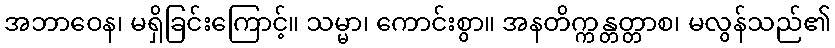
အဘာဝေန၊ မရှိခြင်းကြောင့်။ သမ္မာ၊ ကောင်းစွာ။ အနတိက္ကန္တတ္တာစ၊ မလွန်သည်၏